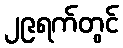
၂၉ရက်တွင်